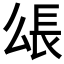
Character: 𰿋